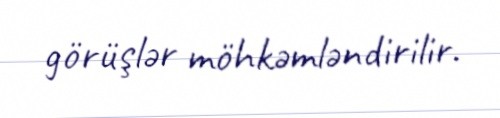
görüşlər möhkəmləndirilir.